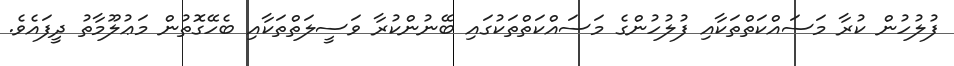
ފުލުހުން ކުރާ މަސައްކަތްތަކާއި ފުލުހުންގެ މަސައްކަތްތަކުގައި ބޭނުންކުރާ ވަސީލަތްތަކާއި ބެހޭގޮތުން މަޢުލޫމާތު ދީފައެވެ.